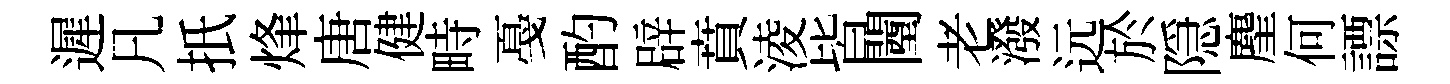
遲凡扺烽唐健畤戞酌辟賁淩皆闉老潑远於隠麈何謤